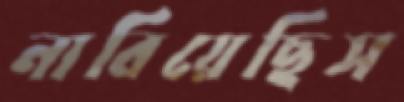
নাবিয়েছিস